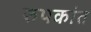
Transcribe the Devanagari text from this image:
रुपकांत